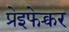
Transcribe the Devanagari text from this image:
प्रेइफेक्चर